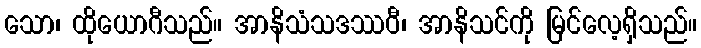
သော၊ ထိုယောဂီသည်။ အာနိသံသဒဿဝီ၊ အာနိသင်ကို မြင်လေ့ရှိသည်။